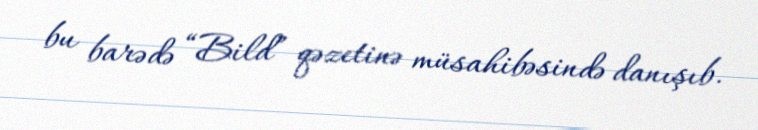
bu barədə “Bild” qəzetinə müsahibəsində danışıb.